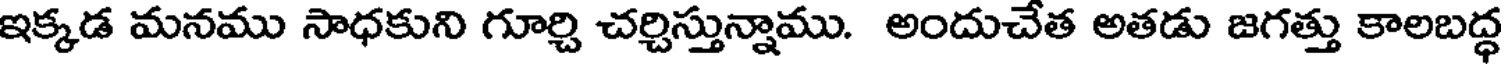
ఇక్కడ మనము సాధకుని గూర్చి చర్చిస్తున్నాము. అందుచేత అతడు జగత్తు కాలబద్ధ